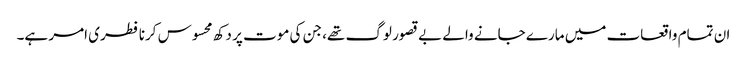
ان تمام واقعات میں مارے جانے والے بے قصور لوگ تھے، جن کی موت پر دکھ محسوس کرنا فطری امر ہے۔